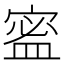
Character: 䀄